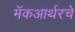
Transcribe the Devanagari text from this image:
मॅकआर्थरचे